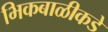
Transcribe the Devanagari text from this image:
भिकबाळीकडे